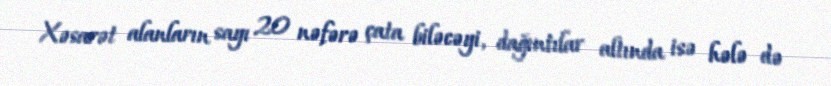
Xəsarət alanların sayı 20 nəfərə çata biləcəyi, dağıntılar altında isə hələ də